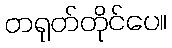
တရုတ်တိုင်ပေ။